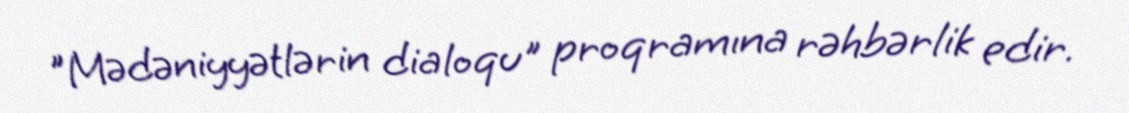
"Mədəniyyətlərin dialoqu" proqramına rəhbərlik edir.